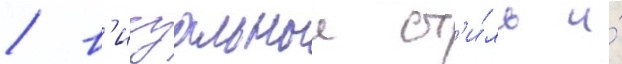
/ в'изуальныи ст'и́ль и́